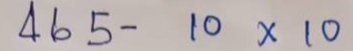
465 - 10 x 10